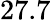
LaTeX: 27.7